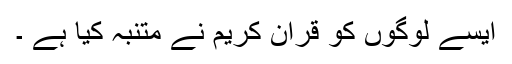
ایسے لوگوں کو قرآن کریم نے متنبہ کیا ہے ۔